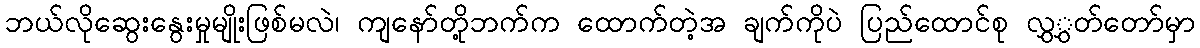
ဘယ်လိုဆွေးနွေးမှုမျိုးဖြစ်မလဲ၊ ကျနော်တို့ဘက်က ထောက်တဲ့အ ချက်ကိုပဲ ပြည်ထောင်စု လွှွှတ်တော်မှာ